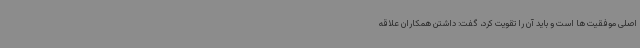
اصلی موفقیت ها است و باید آن را تقویت کرد، گفت: داشتن همکاران علاقه